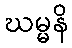
ဃမ္မနိ